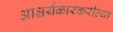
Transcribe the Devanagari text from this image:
आश्चर्यकारकरीत्या